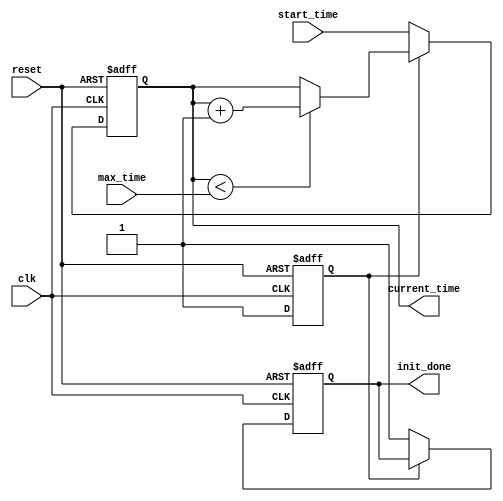
module simulation_time_initialization (
    input wire clk,                // Clock signal
    input wire reset,              // Reset signal
    input wire [31:0] start_time,  // Initial time value
    input wire [31:0] max_time,    // Maximum simulation time
    output reg [31:0] current_time, // Current simulation time
    output reg init_done           // Initialization done flag
);

    // Internal state variable
    reg [31:0] time_counter;        // Counter to track time progression
    reg initialized;                // Flag to indicate if initialization is complete

    // Initialization block
    always @(posedge clk or posedge reset) begin
        if (reset) begin
            current_time <= 32'b0;   // Reset current time
            time_counter <= 32'b0;    // Reset time counter
            init_done <= 1'b0;        // Initialization not done
            initialized <= 1'b0;      // Not initialized
        end else if (!initialized) begin
            current_time <= start_time; // Set current time to start_time
            time_counter <= start_time;  // Initialize time counter
            init_done <= 1'b1;            // Mark initialization as done
            initialized <= 1'b1;          // Set initialized flag
        end else if (current_time < max_time) begin
            // Increment current time on each clock cycle
            current_time <= current_time + 1;
            time_counter <= time_counter + 1;
        end
    end

    // Debugging and monitoring
    always @(posedge clk) begin
        if (init_done) begin
            $display("Current Time: %d", current_time);
        end
    end

endmodule